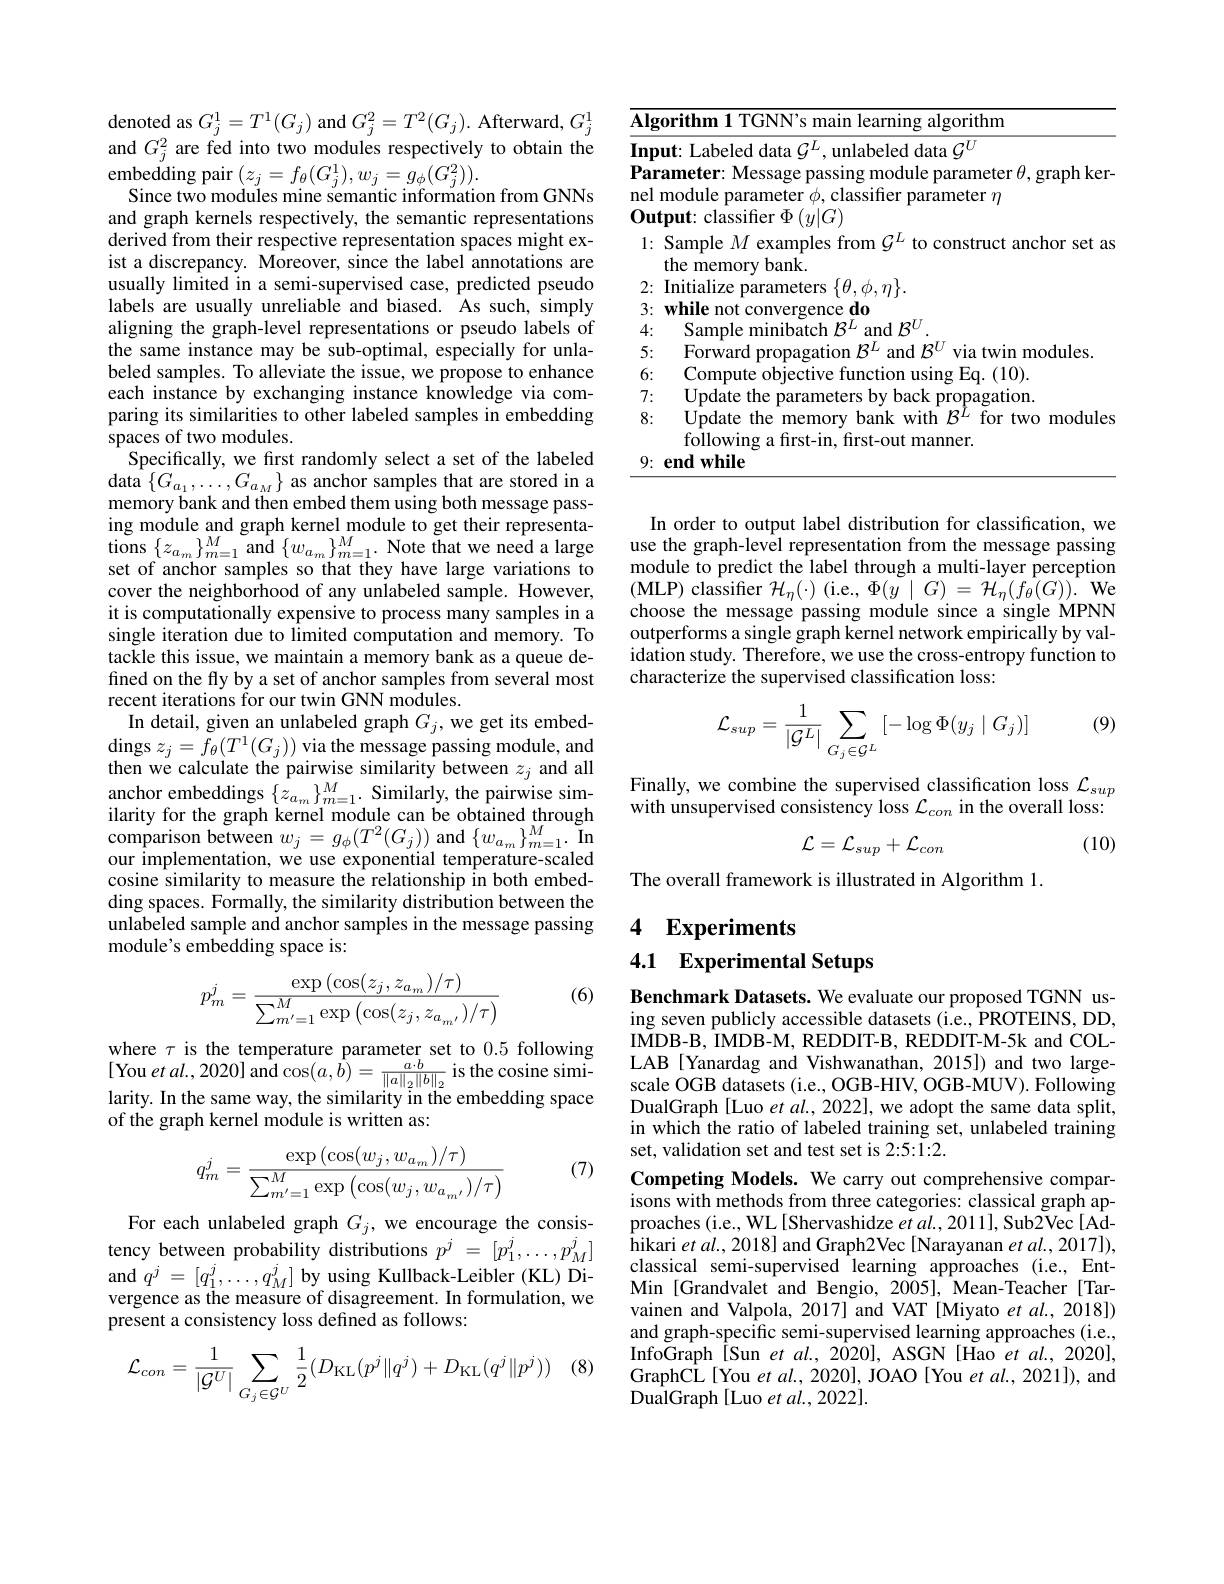
denoted as $G_j^{1}=T^{1}(G_{j})$ and $G_j^{2}=T^{2}(G_{j}).$ Afterward, $G_j^{1}$ and $G_{j}^{2}$ are fed into two modules respectively to obtain the $\mathop{\mathrm{embedding~pair~}}(z_{j}=f_{\theta}(G_{j}^{1}),w_{j}=g_{\phi}(G_{j}^{2})).$
Since two modules mine semantic information from GNNs and graph kernels respectively, the semantic representations derived from their respective representation spaces might exist a discrepancy. Moreover, since the label annotations are usually limited in a semi-supervised case, predicted pseudo labels are usually unreliable and biased. As such, simply aligning the graph-level representations or pseudo labels of the same instance may be sub-optimal, especially for unlabeled samples. To alleviate the issue, we propose to enhance each instance by exchanging instance knowledge via comparing its similarities to other labeled samples in embedding spaces of two modules.
Specifically, we first randomly select a set of the labeled data $\{G_{a_{1}},\ldots,G_{a_{M}}\}$ as anchor samples that are stored in a memory bank and then embed them using both message passing module and graph kernel module to get their representa- $\operatorname*{tions}\left\{z_{a_{m}}\right\}_{m=1}^{M}$and$\left\{w_{a_{m}}\right\}_{m=1}^{M}.$Note that we need a large set of anchor samples so that they have large variations to cover the neighborhood of any unlabeled sample. However, it is computationally expensive to process many samples in a single iteration due to limited computation and memory. To tackle this issue, we maintain a memory bank as a queue defined on the fly by a set of anchor samples from several most recent iterations for our twin GNN modules.
In detail, given an unlabeled graph $G_j$, we get its embed- $\operatorname{dings}z_{j}=\bar{f}_{\theta}(T^{1}(G_{j}))$ via the message passing module, and then we calculate the pairwise similarity between $z_j$ and all our implementation, we use exponential temperature-scaled cosine similarity to measure the relationship in both embedding spaces. Formally, the similarity distribution between the unlabeled sample and anchor samples in the message passing module's embedding space is:
$$p_m^j=\frac{\exp\left(\cos(z_j,z_{a_m})/\tau\right)}{\sum_{m'=1}^M\exp\left(\cos(z_j,z_{a_{m'}})/\tau\right)}$$
(6)

of the graph kernel module is written as:

(7)
$$q_m^j=\frac{\exp\left(\cos(w_j,w_{a_m})/\tau\right)}{\sum_{m'=1}^M\exp\left(\cos(w_j,w_{a_{m'}})/\tau\right)}$$
For each unlabeled graph $G_j$, we encourage the consistency between probability distributions $p^j~=~[p_1^j,\ldots,p_M^j]$ and $q^j=[q_{1}^{j},\ldots,q_{M}^{j}]$ by using Kullback-Leibler (KL) Divergence as the measure of disagreement. In formulation, we present a consistency loss defined as follows:

(8)
$$\mathcal{L}_{con}=\frac{1}{|\mathcal{G}^U|}\sum_{G_j\in\mathcal{G}^U}\frac{1}{2}(D_{\mathrm{KL}}(p^j\|q^j)+D_{\mathrm{KL}}(q^j\|p^j))$$
<table>
	<tbody>
		<tr>
			<td>$\overline{\mathbf{Alg}}$ 1</td>
			<td>nr $|\mathbf{f}|$ gorithm</td>
		</tr>
		<tr>
			<td>1:</td>
			<td>Sample $M$ examples from $\mathcal{G}^L$ to construct anchor set as $\because F$ 1k</td>
		</tr>
		<tr>
			<td>$\angle L$</td>
			<td>$TT$</td>
		</tr>
		<tr>
			<td>3: 1 1 T</td>
			<td>mon conve gence c 00 T</td>
		</tr>
		<tr>
			<td>4</td>
			<td>sample mil C 211 and</td>
		</tr>
		<tr>
			<td>5</td>
			<td>2TOT $V1a$</td>
		</tr>
		<tr>
			<td>6;</td>
			<td>001ecu INITE DAL 110</td>
		</tr>
		<tr>
			<td>$f$</td>
			<td> </td>
		</tr>
		<tr>
			<td>8: 9:</td>
			<td>ludu $101~1.00~11$ following a frst-in, first-out manner. $\mathbf{endwhile}$</td>
		</tr>
		<tr>
			<td>9:</td>
			<td>$\mathbf{endwhile}$</td>
		</tr>
	</tbody>
</table>

In order to output label distribution for classification, we use the graph-level representation from the message passing module to predict the label through a multi-layer perception $\begin{array}{l}{\mathrm{(MLP)~classifier~}\mathcal{H}_{\eta}(\cdot)~(i.e.,~\Phi(y\mid G)~=~\mathcal{H}_{\eta}(f_{\theta}(G)).~\mathrm{We}}\\{\mathrm{choose~the~message~passing~module~since~a~single~MPNN}}\end{array}$ outperforms a single graph kernel network empirically by validation study. Therefore, we use the cross-entropy function to characterize the supervised classification loss:

(9)
$$\mathcal{L}_{sup}=\frac{1}{|\mathcal{G}^L|}\sum_{G_j\in\mathcal{G}^L}[-\log\Phi(y_j\mid G_j)]$$
with unsupervised consistency loss $\mathcal{L}_con$ in the overall loss:
$$\mathcal{L}=\mathcal{L}_{sup}+\mathcal{L}_{con}$$
(10)

The overall framework is illustrated in Algorithm 1.

4 Experiments

# 4.1 Experimental Setups

Benchmark Datasets. We evaluate our proposed TGNN using seven publicly accessible datasets (i.e., PROTEINS, DD, IMDB-B, IMDB-M, REDDIT-B, REDDIT-M-5k and COL-
where $\tau$ is the temperature parameter set to $0.5&\text{following}&\text{MDB-B,IMDB-M,REDDIT-B,REDDI-M-SK~and~COL-O[You etal,2020] and cos(a,b)=\frac{a\cdot b}{\|a\|_2\|b\|_2}\text{is the cosine simi- LAB [Yanardag and Vishwanathan,2015]) and two large-elarity. In the same way$,
DualGraph [Luo et al., 2022], we adopt the same data split, in which the ratio of labeled training set, unlabeled training set, validation set and test set is 2:5:1:2.

Competing Models. We carry out comprehensive comparisons with methods from three categories: classical graph approaches (i.e., WL[Shervashidze et al., 2011], Sub2Vec[Adhikari et al. , 2018] and Graph2Vec [ Narayanan et al. , 2017] ) , classical semi-supervised learning approaches (i.e., EntMin [Grandvalet and Bengio, 2005], Mean-Teacher [Tarvainen and Valpola, 2017] and VAT [Miyato et al., 2018]) and graph-specific semi-supervised learning approaches (i.e., InfoGraph [Sun et al., 2020], ASGN [Hao et al., 2020], GraphCL[You et al., 2020], JOAO[ You et al., 2021]), and $\bar{\text{DualGraph[Luo et al., 2022]}}.$